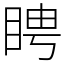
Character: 䀻